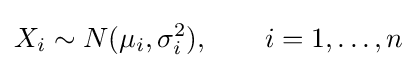
X_{i}\sim N(\mu _{i},\sigma _{i}^{2}),\qquad i=1,\dots ,n